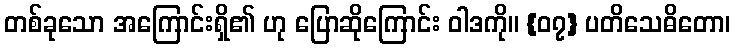
တစ်ခုသော အကြောင်းရှိ၏ ဟု ပြောဆိုကြောင်း ဝါဒကို။ {၀၇} ပတိသေဓိတော၊